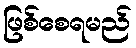
ဖြစ်စေရမည်